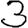
Digit: 3